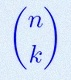
\binom{n}{k}